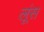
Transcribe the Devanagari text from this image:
लूंस